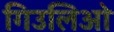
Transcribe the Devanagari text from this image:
गिउलिओ